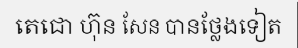
តេជោ ហ៊ុន សែន បានថ្លែងទៀត